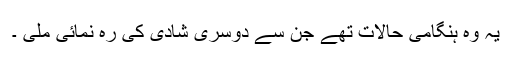
یہ وہ ہنگامی حالات تھے جن سے دوسری شادی کی رہ نمائی ملی ۔